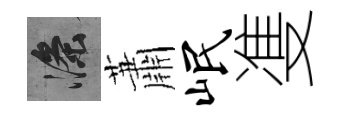
滌蕭岷㕠